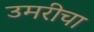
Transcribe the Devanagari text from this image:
उमरीचा